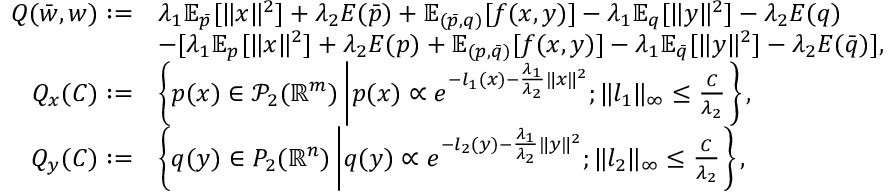
\begin{array} { r l } { Q ( \Bar { w } , w ) : = } & { \lambda _ { 1 } \mathbb { E } _ { \Bar { p } } [ \| x \| ^ { 2 } ] + \lambda _ { 2 } { \cal E } ( \Bar { p } ) + \mathbb { E } _ { ( \Bar { p } , q ) } [ f ( x , y ) ] - \lambda _ { 1 } \mathbb { E } _ { q } [ \| y \| ^ { 2 } ] - \lambda _ { 2 } { \cal E } ( q ) } \\ & { - [ \lambda _ { 1 } \mathbb { E } _ { p } [ \| x \| ^ { 2 } ] + \lambda _ { 2 } { \cal E } ( p ) + \mathbb { E } _ { ( p , \Bar { q } ) } [ f ( x , y ) ] - \lambda _ { 1 } \mathbb { E } _ { \Bar { q } } [ \| y \| ^ { 2 } ] - \lambda _ { 2 } { \cal E } ( \Bar { q } ) ] , } \\ { { \cal Q } _ { x } ( C ) : = } & { \left\{ p ( x ) \in \mathcal { P } _ { 2 } ( \mathbb { R } ^ { m } ) \left| p ( x ) \propto e ^ { - l _ { 1 } ( x ) - \frac { \lambda _ { 1 } } { \lambda _ { 2 } } \| x \| ^ { 2 } } ; \| l _ { 1 } \| _ { \infty } \leq \frac { C } { \lambda _ { 2 } } \right. \right\} , } \\ { { \cal Q } _ { y } ( C ) : = } & { \left\{ q ( y ) \in { \cal P } _ { 2 } ( \mathbb { R } ^ { n } ) \left| q ( y ) \propto e ^ { - l _ { 2 } ( y ) - \frac { \lambda _ { 1 } } { \lambda _ { 2 } } \| y \| ^ { 2 } } ; \| l _ { 2 } \| _ { \infty } \leq \frac { C } { \lambda _ { 2 } } \right. \right\} , } \end{array}